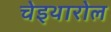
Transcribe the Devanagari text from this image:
चेइथारोल